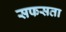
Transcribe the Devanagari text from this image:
सफसता